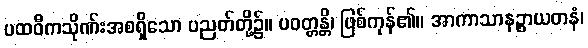
ပထဝီကသိုဏ်းအစရှိသော ပညတ်တို့၌။ ပဝတ္တန္တိ၊ ဖြစ်ကုန်၏။ အာကာသာနဉ္စာယတနံ၊